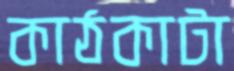
কাঠকাটা